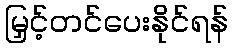
မြှင့်တင်ပေးနိုင်ရန်